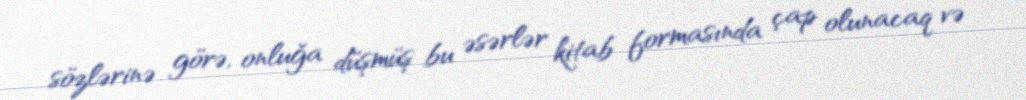
sözlərinə görə, onluğa düşmüş bu əsərlər kitab formasında çap olunacaq və